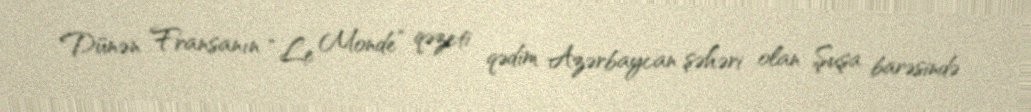
Dünən Fransanın “Le Monde” qəzeti qədim Azərbaycan şəhəri olan Şuşa barəsində